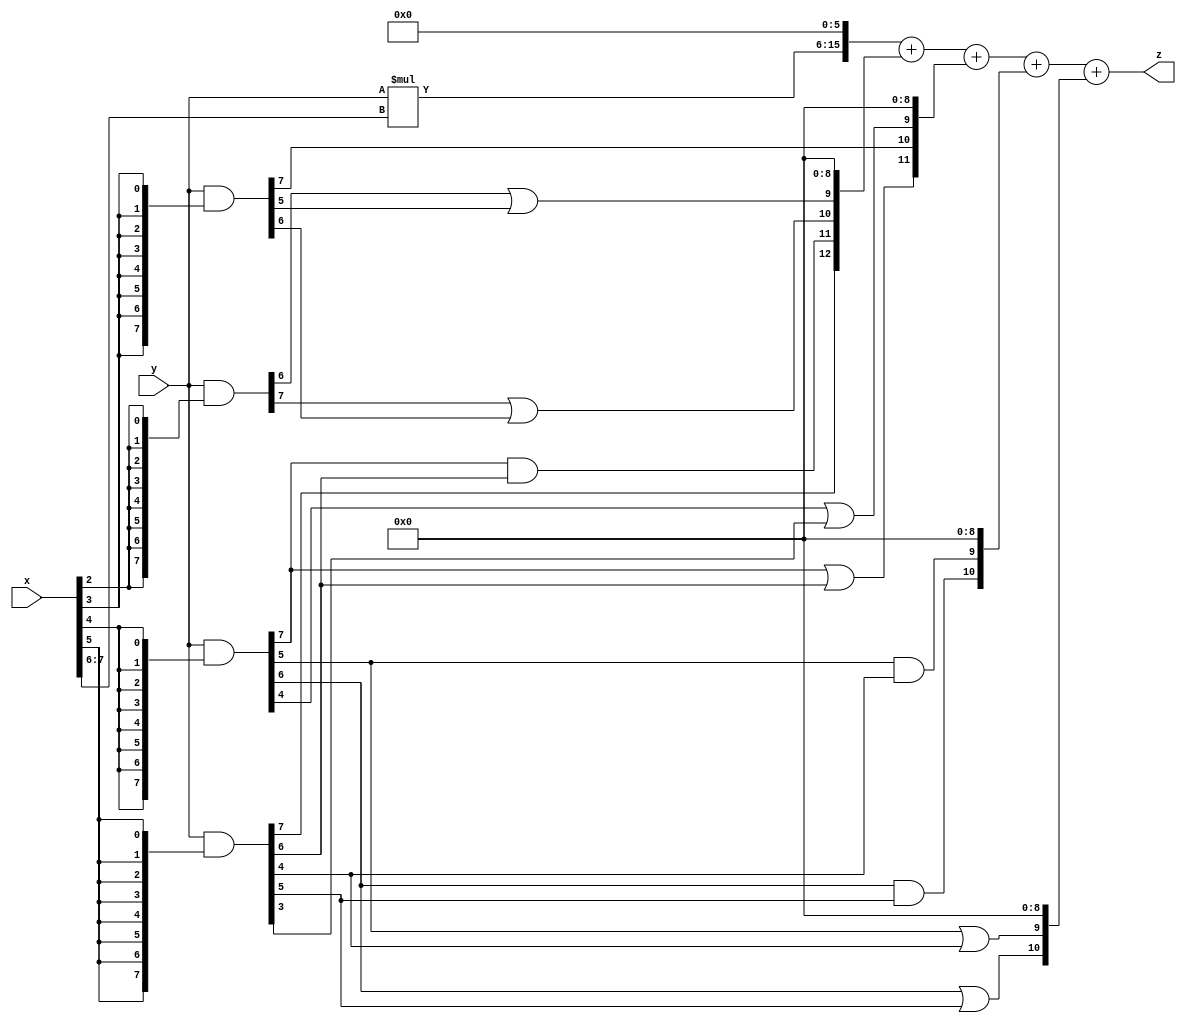
// terms: 11
// fval:  450990.25

module unsigned_8x8_l6_lamb30000_7 (
	input [7:0] x,
	input [7:0] y,
	output [15:0] z
);

wire [9:0] tmp_z = y*x[7:6];

wire [7:0] part1 =  y & {8{x[0]}};
wire [7:0] part2 =  y & {8{x[1]}};
wire [7:0] part3 =  y & {8{x[2]}};
wire [7:0] part4 =  y & {8{x[3]}};
wire [7:0] part5 =  y & {8{x[4]}};
wire [7:0] part6 =  y & {8{x[5]}};

wire [12:0] new_part1;
assign new_part1[0] = 0;
assign new_part1[1] = 0;
assign new_part1[2] = 0;
assign new_part1[3] = 0;
assign new_part1[4] = 0;
assign new_part1[5] = 0;
assign new_part1[6] = 0;
assign new_part1[7] = 0;
assign new_part1[8] = 0;
assign new_part1[9] = part3[6] | part4[5];
assign new_part1[10] = part3[7] | part4[6];
assign new_part1[11] = part5[7] & part6[6];
assign new_part1[12] = part6[7];

wire [11:0] new_part2;
assign new_part2[0] = 0;
assign new_part2[1] = 0;
assign new_part2[2] = 0;
assign new_part2[3] = 0;
assign new_part2[4] = 0;
assign new_part2[5] = 0;
assign new_part2[6] = 0;
assign new_part2[7] = 0;
assign new_part2[8] = 0;
assign new_part2[9] = part5[4] | part6[3];
assign new_part2[10] = part4[7];
assign new_part2[11] = part5[7] | part6[6];

wire [10:0] new_part3;
assign new_part3[0] = 0;
assign new_part3[1] = 0;
assign new_part3[2] = 0;
assign new_part3[3] = 0;
assign new_part3[4] = 0;
assign new_part3[5] = 0;
assign new_part3[6] = 0;
assign new_part3[7] = 0;
assign new_part3[8] = 0;
assign new_part3[9] = part5[5] & part6[4];
assign new_part3[10] = part5[6] & part6[5];

wire [10:0] new_part4;
assign new_part4[0] = 0;
assign new_part4[1] = 0;
assign new_part4[2] = 0;
assign new_part4[3] = 0;
assign new_part4[4] = 0;
assign new_part4[5] = 0;
assign new_part4[6] = 0;
assign new_part4[7] = 0;
assign new_part4[8] = 0;
assign new_part4[9] = part5[5] | part6[4];
assign new_part4[10] = part5[6] | part6[5];

assign z = {tmp_z, 6'd 0} + new_part1 + new_part2 + new_part3 + new_part4;
endmodule